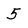
Character: 5